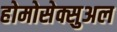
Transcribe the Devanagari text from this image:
होमोसेक्सुअल